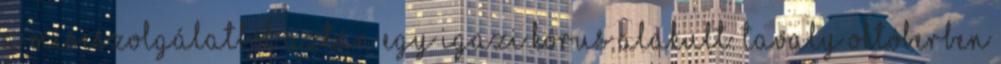
A miseszolgálatból aztán egy igazi kórus alakult. Tavaly októberben